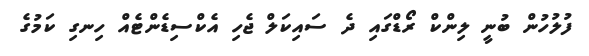
ފުލުހުން ބުނީ ލިންކް ރޯޑްގައި ދެ ސައިކަލް ޖެހި އެކްސިޑެންޓެއް ހިނގި ކަމުގެ